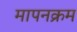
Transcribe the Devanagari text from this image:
मापनक्रम